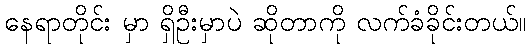
နေရာတိုင်း မှာ ရှိဦးမှာပဲ ဆိုတာကို လက်ခံခိုင်းတယ်။